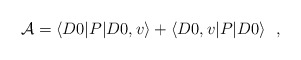
\begin{align*}{{\cal A}} = \langle D0 | P | D0,v \rangle +\langle D0,v | P | D0 \rangle~~,\end{align*}